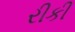
રીકી